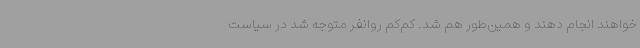
خواهند انجام دهند و همین‌طور هم شد. کم‌کم روانفر متوجه شد در سیاست